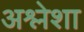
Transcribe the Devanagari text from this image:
अश्लेशा